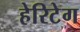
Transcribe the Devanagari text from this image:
हेरिटेग